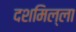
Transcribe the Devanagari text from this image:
दशमिल्ला